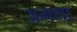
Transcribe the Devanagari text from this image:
अगथा